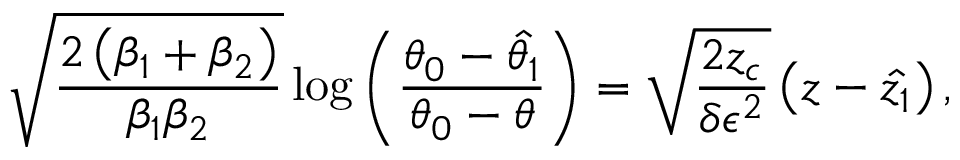
\sqrt { \frac { 2 \left( \beta _ { 1 } + \beta _ { 2 } \right) } { \beta _ { 1 } \beta _ { 2 } } } \log { \left( \frac { \theta _ { 0 } - \hat { \theta _ { 1 } } } { \theta _ { 0 } - \theta } \right) } = \sqrt { \frac { 2 z _ { c } } { \delta \epsilon ^ { 2 } } } \left( z - \hat { z _ { 1 } } \right) ,